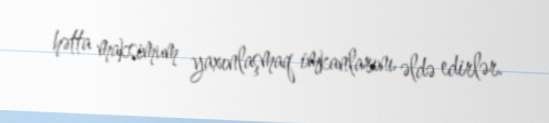
hətta maksimum yaxınlaşmaq imkanlarını əldə edirlər.